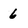
Character: 6